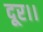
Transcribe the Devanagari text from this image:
दूर।।